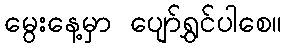
မွေးနေ့မှာ ပျော်ရွှင်ပါစေ။